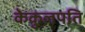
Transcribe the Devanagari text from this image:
केकुलपति